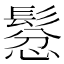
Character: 𲌠